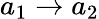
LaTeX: a_{1}\rightarrow a_{2}